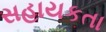
સહાયકતા